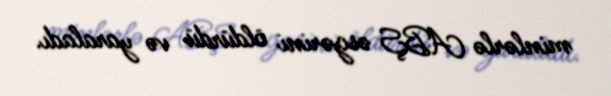
minlərlə ABŞ əsgərini öldürdü və yaraladı.